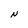
Character: N